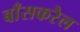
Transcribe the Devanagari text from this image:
बाँसकरैल